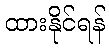
ထားနိုင်ရန်